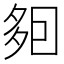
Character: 𡖣